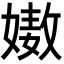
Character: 𡠯